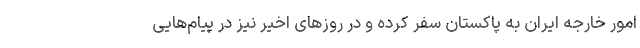
امور خارجه ایران به پاکستان سفر کرده و در روزهای اخیر نیز در پیام‌هایی